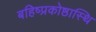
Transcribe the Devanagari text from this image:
बहिष्प्रकोष्ठास्थि